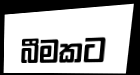
බීමකට